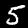
Label: 5